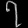
Digit: ၇